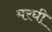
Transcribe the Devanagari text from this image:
मरघी